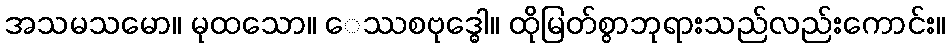
အသမသမော။ မုထသော။ ေဿစဗုဒ္ဓေါ။ ထိုမြတ်စွာဘုရားသည်လည်းကောင်း။